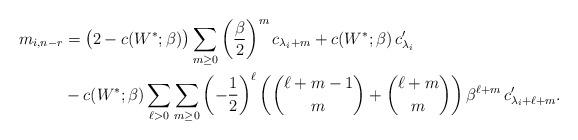
LaTeX: \begin{align*} m_{i,n-r} &= \big(2-c(W^*;\beta)\big)\sum_{m\geq 0}\left(\frac{\beta}{2}\right)^m c_{\lambda_i+m} + c(W^*;\beta)\,c'_{\lambda_i} \\ & -c(W^*;\beta) \sum_{\ell>0}\sum_{m\geq 0} \left(-\frac{1}{2}\right)^\ell \left( \binom{\ell+m-1}{m} + \binom{\ell+m}{m} \right) \beta^{\ell+m} \, c'_{\lambda_i+\ell+m} . \end{align*}